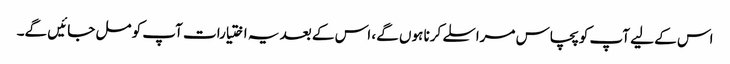
اس کے لیے آپ کو پچاس مراسلے کرنا ہوں گے، اس کے بعد یہ اختیارات آپ کو مل جائیں گے۔